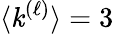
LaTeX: \langle\mathit{k}^{(\ell)}\rangle=3